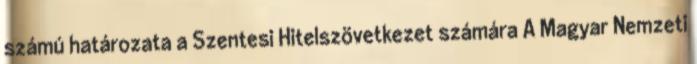
számú határozata a Szentesi Hitelszövetkezet számára A Magyar Nemzeti